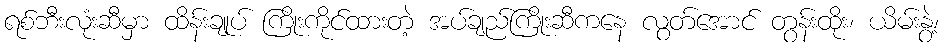
ရစ်ဘီးလုံးဆီမှာ ထိန်းချုပ် ကြိုးကိုင်ထားတဲ့ အပ်ချည်ကြိုးဆီကနေ လွတ်အောင် တွန်းထိုး၊ ယိမ်းနွဲ့၊